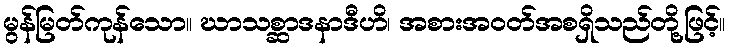
မွန်မြတ်ကုန်သော။ ဃာသစ္ဆာဒနာဒီဟိ၊ အစားအဝတ်အစရှိသည်တို့ဖြင့်။